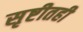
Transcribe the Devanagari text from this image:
सृष्टीतही